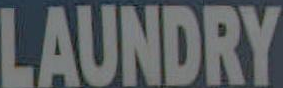
LAUNDRY